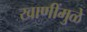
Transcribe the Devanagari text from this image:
खाणींमुळे